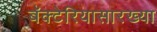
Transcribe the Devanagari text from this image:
बॅक्टेरियासारख्या